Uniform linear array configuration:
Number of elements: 16
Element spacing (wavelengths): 1
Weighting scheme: binomial
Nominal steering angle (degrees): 30
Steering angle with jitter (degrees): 30.874
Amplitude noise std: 0.05
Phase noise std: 0.05

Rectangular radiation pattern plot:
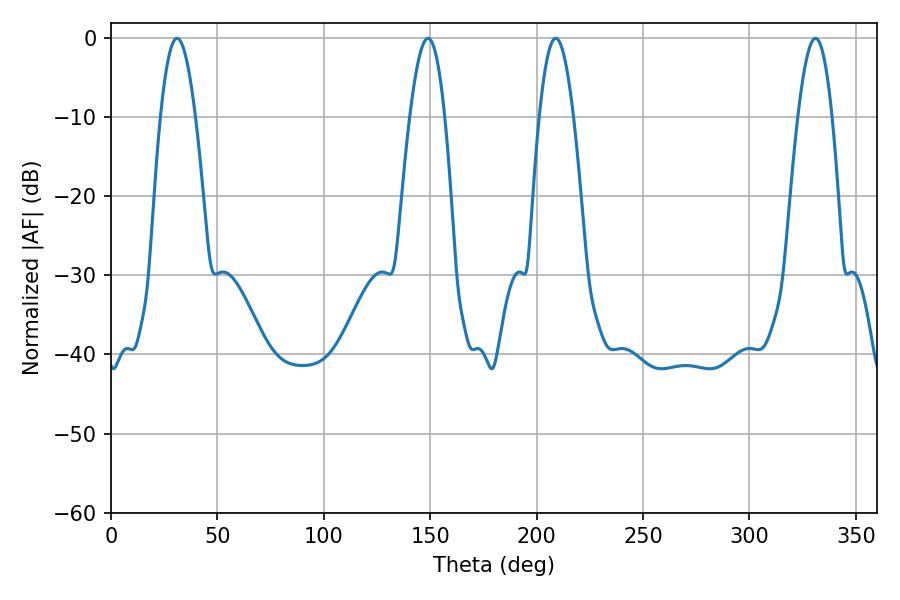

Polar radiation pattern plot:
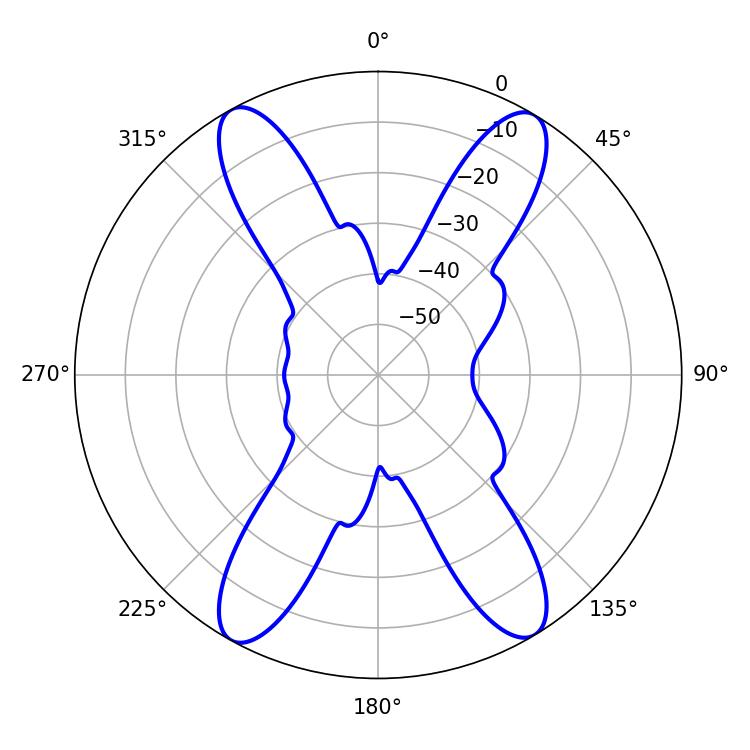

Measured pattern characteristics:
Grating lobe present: TRUE
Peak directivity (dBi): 21.314
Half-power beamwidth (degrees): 8.82
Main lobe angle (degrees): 208.98